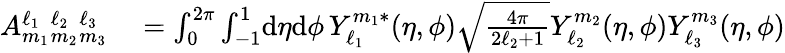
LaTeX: \begin{array}{rl}{A_{m_{1}}^{\ell_{1}}{}_{m_{2}}^{\ell_{2}}{}_{m_{3}}^{\ell_{3}}}&{{}=\int_{0}^{2\pi}\int_{-1}^{1}\! \mathrm{d}\eta\mathrm{d}\phi\, Y_{\ell_{1}}^{m_{1}*}(\eta,\phi)\sqrt{\frac{4\pi}{2\ell_{2}+1}}Y_{\ell_{2}}^{m_{2}}(\eta,\phi)Y_{\ell_{3}}^{m_{3}}(\eta,\phi)}\end{array}